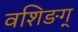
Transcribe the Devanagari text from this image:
वशिङग्